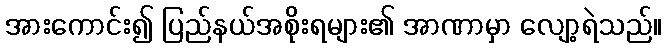
အားကောင်း၍ ပြည်နယ်အစိုးရများ၏ အာဏာမှာ လျော့ရဲသည်။